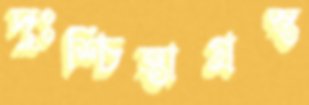
দুঃশ্চিন্তাগ্রস্ত